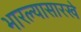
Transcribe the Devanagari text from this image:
भारल्यासारखे